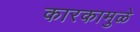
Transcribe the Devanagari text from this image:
कारकामुळे